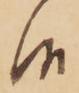
候